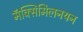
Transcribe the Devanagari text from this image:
मॅक्सिमिलनयन